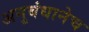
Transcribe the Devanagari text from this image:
अनुबंधानेच